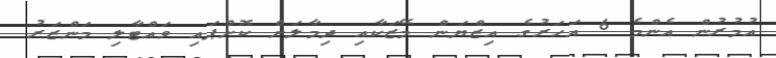
އުމުރުން އެންމެ 6 އަހަރުގެ އިޒްޔަން މޭޒަކާއި ދިމާލަށް ކޮށްޕައި ވައްޓާލި މަންޒަރު